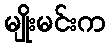
မျိုးမင်းက